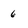
Character: 6